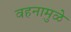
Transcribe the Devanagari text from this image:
वहनामुळे